Report on sanitation, dispensaries, and jails in Rajputana for 1916, and on vaccination for the year 1916-1917 - 1916-1917
Year: 1916
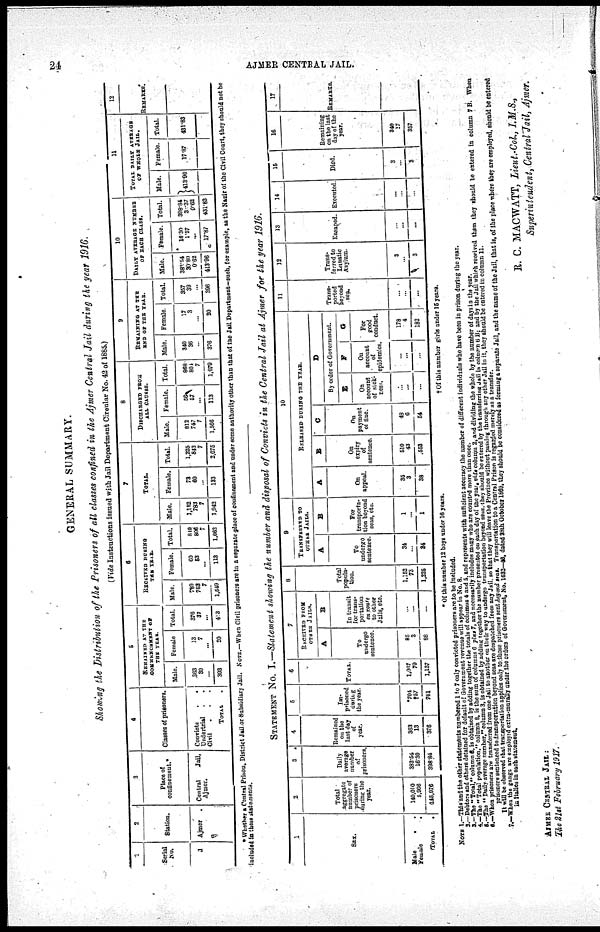
24
AJMER CENTRAL JAIL.
GENERAL SUMMARY.
Showing the Distribution of the Prisoners of all classes confined in the Ajmer Central Jail during the year 1916.
(Vide Instructions issued with Jail Department Circular No. 42 of 1885.)
1
Serial
No.
1
2
Station.
Ajmer
3
Place of
confinement.*
Central
Jail,
Ajmer.
4
Classes of prisoners.
Convicts
.
.
Undertrial . .
Civil
. . .
TOTAL .
5
REMAINED AT THE
COMMENCEMENT OF
THE YEAR.
Male.
363
30
...
393
Female
13
7
...
20
Total.
376
37
...
413
6
RECEIVED DURING
THE YEAR.
Male.
789
753
7
1,549
Female.
60
53
...
113
Total.
849
806
7
1,662
7
TOTAL.
Male.
1,152
783
7
1,942
Female.
73
60
...
133
Total.
1,225
843
7
2,075
8
DISCHARGED FROM
ALL CAUSES.
Male.
812
747
7
1,566
Female.
56
57
...
113
Total.
868
804
7
1,679
9
REMAINING AT THE
END OF THE YEAR.
Male.
340
36
...
376
Female
17
3
...
20
Total.
357
39
...
396
10
DAILY AVERAGE NUMBER
OF EACH CLASS.
Male.
382.54
30.80
0.62
413.96
Female.
16.30
1.57
...
17.87
Total.
398.84
32.17
0.62
431.83
11
TOTAL DAILY AVERAGE
OF WHOLE JAIL.
Male.
413.96
Female.
17.87
Total.
431.83
12
REMARKS.
* Whether a Central Prison, District Jail or Subsidiary Jail. NOTE.—When Civil prisoners are in a separate place of confinement and under some authority other than that of the Jail Department-such, for example, as the Nazir of the Civil Court, they should not be
included in these statement.
STATEMNET No. I.—Statement showing the number and disposal of Convicts in the Central Jail at Ajmer for the year 1916.
1
SEX.
Male . .
Female .
TOTAL
.
2
Total
aggregate
number of
prisoners
during the
year.
140,010
5,966
145,976
3
Daily
avarage
number
of
prisoners.
382.54
16.30
398.84
4
Remained
on the
last day
of
year.
363
13
376
5
Im¬
prisoned
during
the year.
*704
†57
761
6
TOTAL.
1,067
70
1,137
7
RECEIVED FROM
OTHER JAILS.
A
To
undergo
sentence.
85
3
88
B
In transit
for trans-
portation
in route
to other
Jails, etc.
...
...
...
8
Total
popula-
tion.
1,152
73
1,225
9
TRANSFERRED TO
OTHER JAILS.
A
To
undergo
sentence.
34
...
34
B
For
transporta-
tion beyond
seas, etc.
1
...
1
10
RELEASED DURING THE YEAR.
A
On
appeal.
35
3
38
B
On
expiry
of
sentence.
510
43
553
C
On
payment
of one.
48
6
54
D
By order of Government.
E
On
account
of sick¬
ness.
...
...
...
F
On
account
of
epidemics.
...
...
...
G
For
good
conduct.
178
4
182
11
Trans-
ported
beyond
sea.
...
...
...
12
Trans-
ferred to
Lunatic
Asylum.
3
...
3
13
Escaped.
...
...
...
14
Executed.
...
...
...
15
Died.
3
...
3
16
Remaining
on the last
day of the
year.
340
17
357
17
REMARKS.
* Of this number 12 boys under 16 years.
† Of this number girls under 15 years.
NOTE 1.—This and the other statements numbered 1 to 7 only convicted prisoners are to be included.
2.—Debtors and others detained for default of Government revenue will appear in No. 8.
3.—The "Total," column 4, is obtained by adding together the totals of columns 4 and 5. and represents with (sufficient accuracy the number of different individuals who have been in prison during the year.
4.—The "Total population," column 8, is the sum of columns 6 plus 7, and necessarily includes many who are counted more than once.
5.—The "Daily average number,'' column 3, is obtained by adding together the number presented on each day of the year, vide column 2, and dividing the whole by the number of days in the year.
6.—When prisoners are transferred from one Jail to anather on their way to undergo transportation beyond seas, they should be entered by the transferring Jail in column 6 B; and by the Jail which received them they should be entered in column 7 B. When
prisoners sentenced to transportation beyond seas are despatched from any Jail, so that they will leave the Province without passing through any other Jail in it, they should be entered in column 11.
It will be observed that transportation applies only to those prisoners sent beyond seas. Transportation to a Central Prison it regarded merely as a transfer.
7.—When the gangs are employed extra-morally under the orders of Government No. 1632—46, dated 28th October 1869, they should be considered as forming a separate Jail, and the name of the Jail, that is, of the place where they are employed, should be entered
in italics in each statement.
R. C. MACWATT, Lieut.-Col., I.M.S.,
Superintendent, Central Jail, Ajmer.
AJMER CENTRAL, JAIL :
The 21st February 1917.